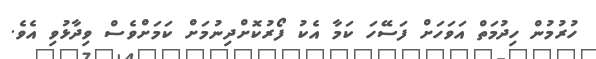
ހުރުމުން ހިދުމަތް އަވަހަށް ފަސޭހަ ކަމާ އެކު ފޯރުކޮށްދިނުމަށް ކަމަށްވެސް ވިދާޅުވި އެވެ.